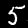
Label: 5